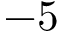
- 5